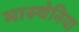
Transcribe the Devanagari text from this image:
मास्थेनिया